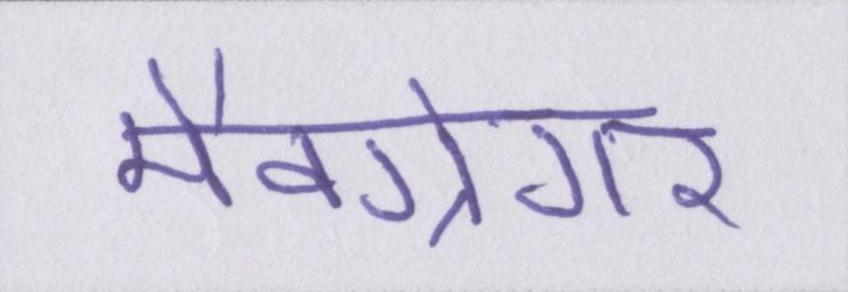
मैक्ग्रेगर